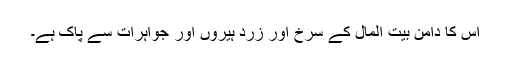
اُس کا دامن بیت المال کے سرخ اور زرد ہیروں اور جواہرات سے پاک ہے۔